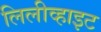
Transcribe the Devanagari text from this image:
लिलीव्हाइट